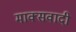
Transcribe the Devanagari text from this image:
माक्सवादी